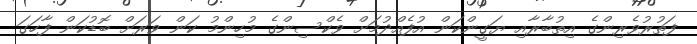
ފަތުރުވެރިންގެ އިތުބާރާއި ޔަގީންކަން އުފެއްދުމަށް ވެކްސިންގެ މުހިންމު ކަން ވަރަށް ބޮޑުކަން ފާހަގަ